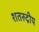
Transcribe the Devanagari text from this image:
शतरुद्रीय